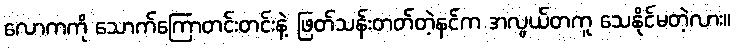
လောကကို သောက်ကြောတင်းတင်းနဲ့ ဖြတ်သန်းတတ်တဲ့နင်က အလွယ်တကူ သေနိုင်မတဲ့လား။